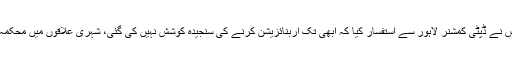
اس موقع پر چیف جسٹس نے ڈپٹی کمشنر لاہور سے استفسار کیا کہ ابھی تک اربنائزیشن کرنے کی سنجیدہ کوشش نہیں کی گئی، شہری علاقوں میں محکمہ مال کا کیا کردار ہے۔